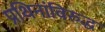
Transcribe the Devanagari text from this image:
प्रथिनांविरुद्ध